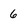
Character: 6